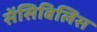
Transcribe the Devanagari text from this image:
सेंसिबिलिस